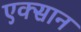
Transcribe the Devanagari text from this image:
एक्सान